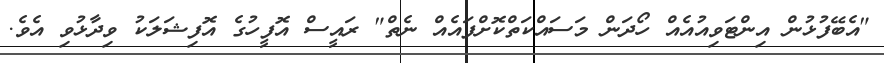
"އެބޭފުޅުން އިންޓަވިއުއެއް ހޯދަން މަސައްކަތްކޮށްފައެއް ނެތް" ރައީސް އޮފީހުގެ އޮފިޝަލަކު ވިދާޅުވި އެވެ.